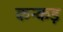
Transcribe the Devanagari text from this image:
कन्कड़